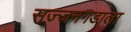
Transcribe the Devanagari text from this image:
सज्जनगडाला